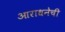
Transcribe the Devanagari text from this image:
आराधनेची